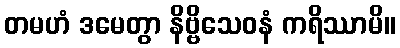
တမဟံ ဒမေတွာ နိဗ္ဗိသေဝနံ ကရိဿာမိ။